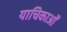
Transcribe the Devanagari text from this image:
याचिकाओँ